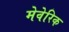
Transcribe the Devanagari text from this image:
मेवेरिक